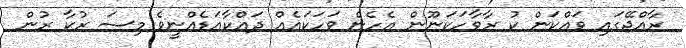
ރާއްޖޭގައި ވައްކަން ކު ރާވާހަކަނޫން އެހެން ވަހަކައެއް ދައްކާއަޑެއްނީވެ މިސަ ރުކާ ރުން